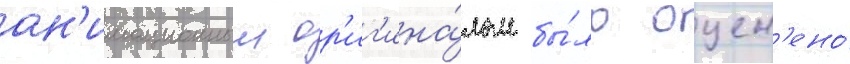
ан'имационным ор'иг'ина́лом бы́ло оцен'ено́